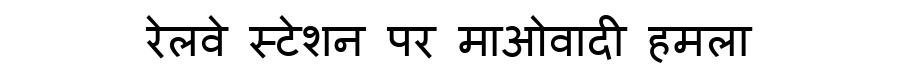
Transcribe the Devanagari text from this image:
रेलवे स्टेशन पर माओवादी हमला